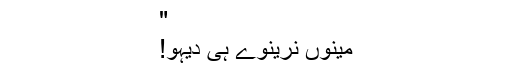
"
مینوں نرینوے ہی دیہو!